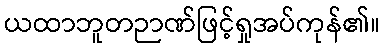
ယထာဘူတဉာဏ်ဖြင့်ရှုအပ်ကုန်၏။